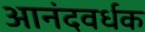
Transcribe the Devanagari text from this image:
आनंदवर्धक